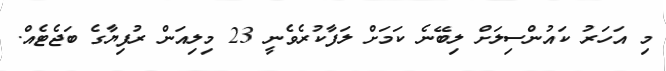
މި އަހަރު ކައުންސިލަށް ލިބޭނެ ކަމަށް ލަފާކުރެވެނީ 23 މިލިއަން ރުފިޔާގެ ބަޖެޓެއް.